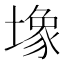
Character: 𫮧